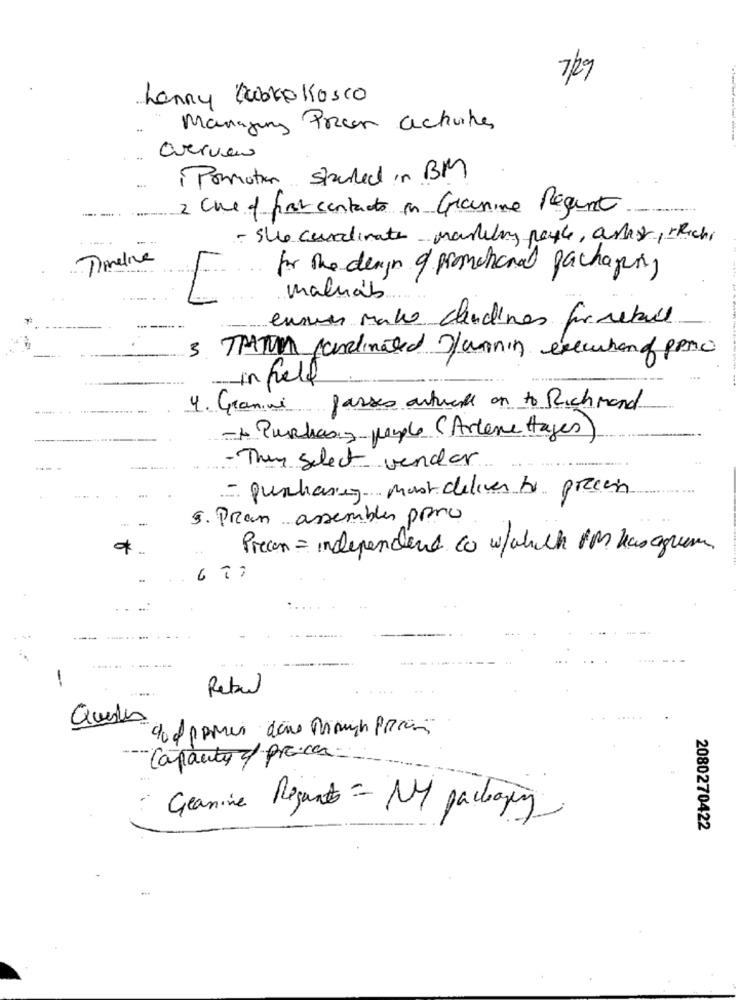
7/kg
Lenny Dublo Kosco
Managing Pocer achutes
Overview
Promotion studded in BM
2 Che of fire contacts in Granine Requrt
.......
- She cordinate marketing payle, artist, Richi
Timeline
for the diagn of promotional packaging
malhas
ensues mato cheudines for rebull
3. THATUM canalinated J/annin execution of pero
in field
4. Granne passes outwell on to Richmond
Purchasing people (Artene Hages)
- They Select vender
- purchasing mast deliver to precis
5. Pran assembles poro
Precon = independent co w/which It has agree
.. .
---
-
Rebel
Capacity c/ proces
Geanine Regards = NY packaging
2080270422